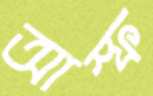
আস্ফ